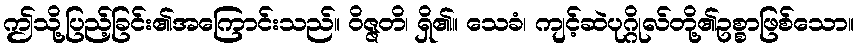
ဤသို့ပြည့်ခြင်း၏အကြောင်းသည်။ ဝိဇ္ဇတိ၊ ရှိ၏။ သေခံ၊ ကျင့်ဆဲပုဂ္ဂိုလ်တို့၏ဥစ္စာဖြစ်သော။